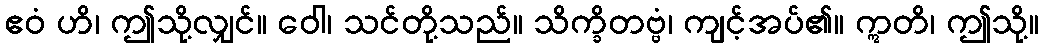
ဧဝံ ဟိ၊ ဤသို့လျှင်။ ဝေါ၊ သင်တို့သည်။ သိက္ခိတဗ္ဗံ၊ ကျင့်အပ်၏။ ဣတိ၊ ဤသို့။